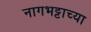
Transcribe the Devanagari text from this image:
नागभट्टाच्या